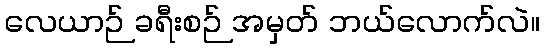
လေယာဉ် ခရီးစဉ် အမှတ် ဘယ်လောက်လဲ။